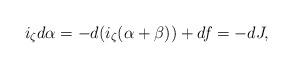
LaTeX: \begin{align*}i_\zeta d\alpha=-d(i_\zeta(\alpha+\beta))+df=-dJ,\end{align*}